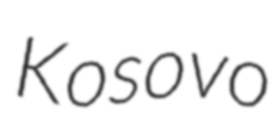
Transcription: Kosovo